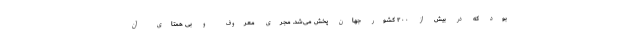
بود که در بیش از ۲۰۰ کشور جهان پخش می‌شد. مجری معروف و بی همتای آن